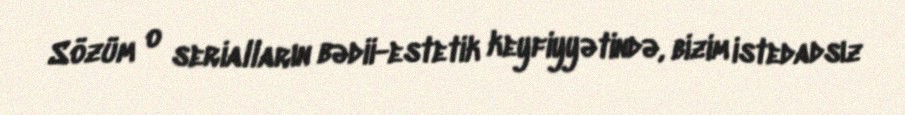
Sözüm o serialların bədii-estetik keyfiyyətində, bizim istedadsız